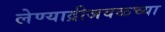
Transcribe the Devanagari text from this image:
लेण्याद्रीजवळच्या